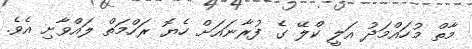
މާތް މުހައްމަދު އަލީ ކްލޭ ގެ ފުރާނައަށް ހެޔޮ ރަހްމަތް ލައްވާށި އެވެ.